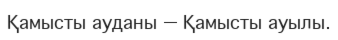
Қамысты ауданы — Қамысты ауылы.